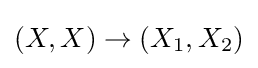
(X,X)\to \left(X_{1},X_{2}\right)